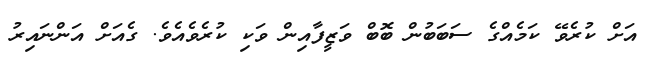
އަށް ކުރެވޭ ކަމެއްގެ ސަބަބުން ބޮބް ވަޒީފާއިން ވަކި ކުރެވެއެވެ. ގެއަށް އަންނައިރު